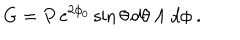
G = P \, { \mathrm { e } } ^ { 2 \phi _ { 0 } } \sin \theta \, d \theta \wedge d \phi \ .